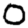
Digit: 0